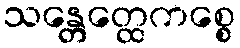
သန္တေတ္ထေကစ္စေ